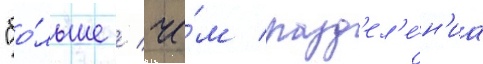
"бо́льше / че́м разд'ел'е́н'иа